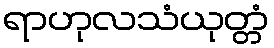
ရာဟုလသံယုတ္တံ